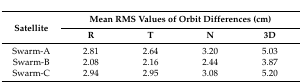
<table><thead><tr><td rowspan="2"><b>Satellite</b></td><td colspan="4"><b>Mean RMS Values of Orbit Differences (cm)</b></td></tr><tr><td><b>R</b></td><td><b>T</b></td><td><b>N</b></td><td><b>3D</b></td></tr></thead><tbody><tr><td>Swarm-A</td><td>2.81</td><td>2.64</td><td>3.20</td><td>5.03</td></tr><tr><td>Swarm-B</td><td>2.08</td><td>2.16</td><td>2.44</td><td>3.87</td></tr><tr><td>Swarm-C</td><td>2.94</td><td>2.95</td><td>3.08</td><td>5.20</td></tr></tbody></table>